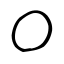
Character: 〇